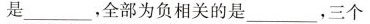
是____，全部为负相关的是_____，三个